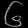
Digit: ၆